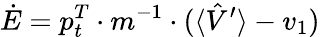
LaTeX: \dot{E}=p_{t}^{T}\cdot m^{-1}\cdot(\langle\hat{V}^{\prime}\rangle-v_{1})